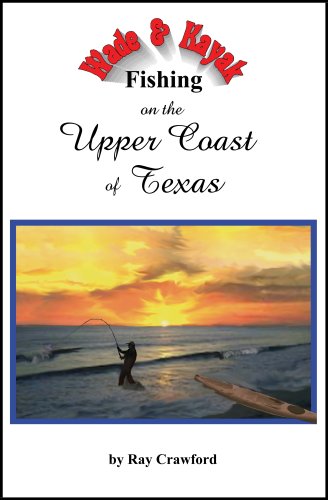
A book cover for Wade and Kayak Fishing on the Upper Coast of Texas; Ray Crawford; Sports & Outdoors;